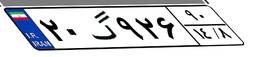
۲۰گ۹۲۶۹۰